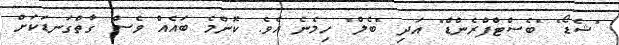
"ޝެޑޯ" "ބެސްޓްފްރެންޑް" އަދި "ބެލް" ހިމެނެ އެވެ. ކޮންމެ ބައެއް ވެސް ގާތްގަނޑަކަށް